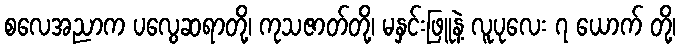
စလေအညာက ပလွေဆရာတို့၊ ကုသဇာတ်တို့၊ မနှင်းဖြူနဲ့ လူပုလေး ၇ ယောက် တို့၊